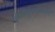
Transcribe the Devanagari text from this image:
गुंतवणूकदारासाठी